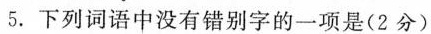
5. 下列词语中没有错别字的一项是(2分)